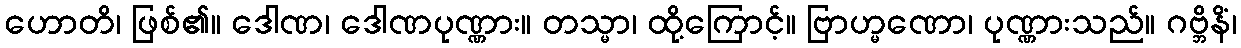
ဟောတိ၊ ဖြစ်၏။ ဒေါဏ၊ ဒေါဏပုဏ္ဏား။ တသ္မာ၊ ထို့ကြောင့်။ ဗြာဟ္မဏော၊ ပုဏ္ဏားသည်။ ဂဗ္ဘိနိံ၊